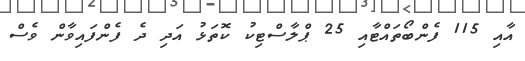
އާއި 115 ފެންބޯތައްޓާއި 25 ޕްލާސްޓިކު ކޮތަޅު އަދި ދެ ފެންފައިވާން ވެސް